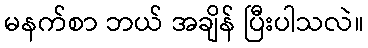
မနက်စာ ဘယ် အချိန် ပြီးပါသလဲ။